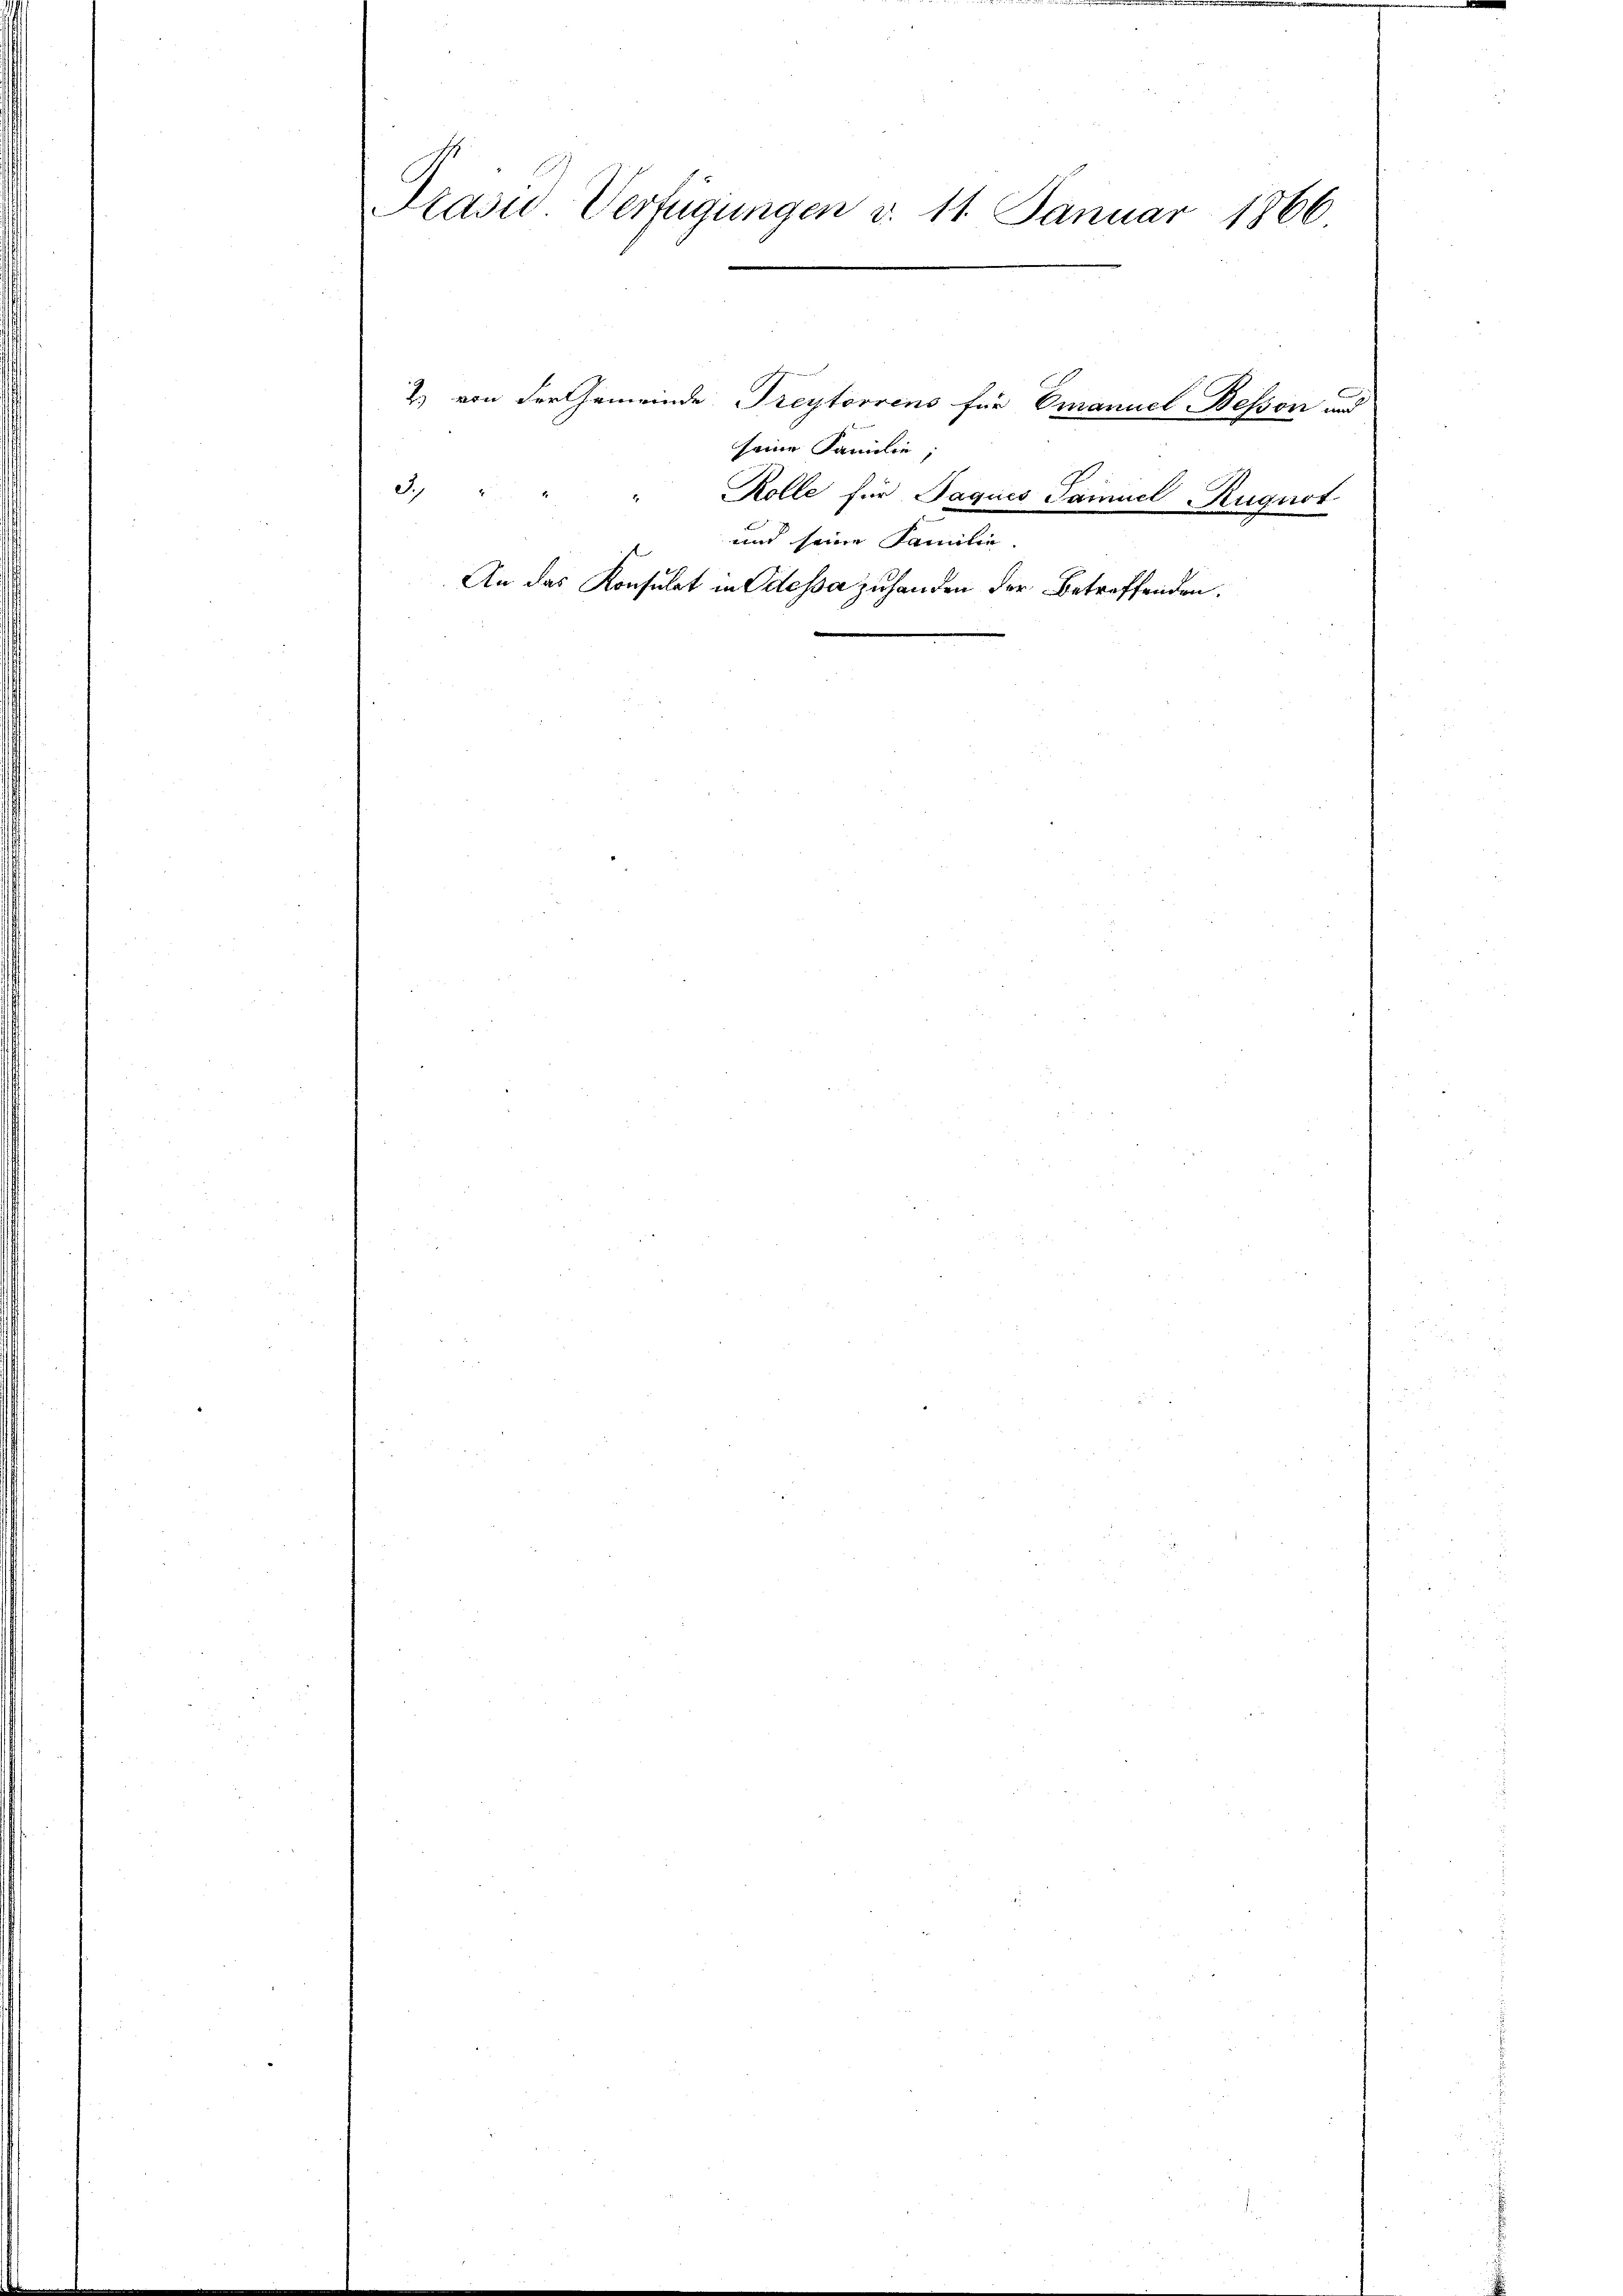
Präsid. Verfügungen d. 11. Januar 1866

) von der Gemeinde Freytorrens für Omanuel Bessen und
seine Familie,
3. " " " Kolle für Jaques Pamuel Ruguot
und seine Familie
An das Konsulat in Odessa zuhanden der betreffenden.